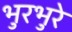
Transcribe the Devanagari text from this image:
भुरभुरे